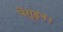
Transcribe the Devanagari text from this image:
पेंगुइन।